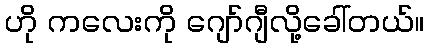
ဟို ကလေးကို ဂျော်ဂျီလို့ခေါ်တယ်။